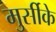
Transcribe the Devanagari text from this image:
मुर्सीके